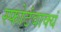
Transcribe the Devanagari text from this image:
स्फोटंवाक्यं